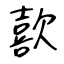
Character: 歖